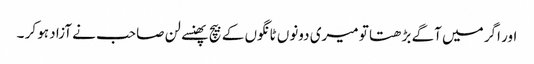
اور اگر میں آگے بڑھتا تو میری دونوں ٹانگوں کے بیچ پھنسے لن صاحب نے آزاد ہو کر ۔